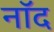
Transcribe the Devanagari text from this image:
नॉद